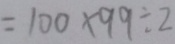
= 1 0 0 \times 9 9 \div 2